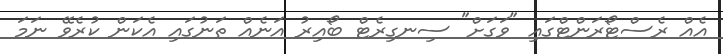
އެއް ރެސްޓޯރަންޓްގައި "ވަގަށް" ސިނގިރެޓް ބޯއިރު އަނެއް ތަނުގައި އެކަން ކުރެވޭ ނަމަ